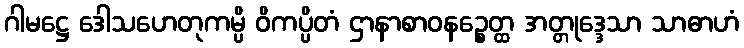
ဂါမဋ္ဌေ ဒေါသဟေတုကမ္ပိ ဝိကပ္ပိတံ ဌာနာစာဝနဉ္စေတ္ထ အတ္တုဒ္ဒေသာ သာဓာဟံ